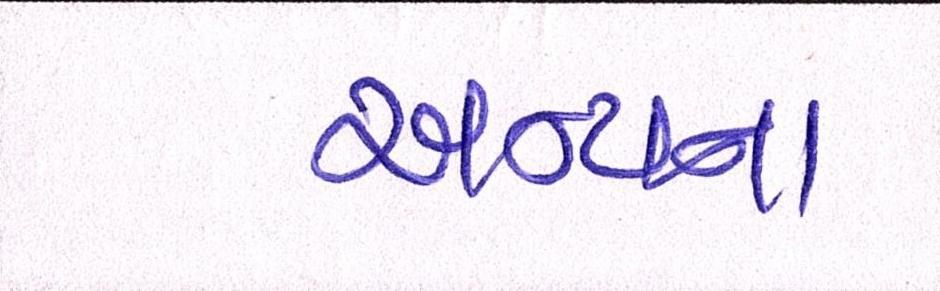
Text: અન્યના